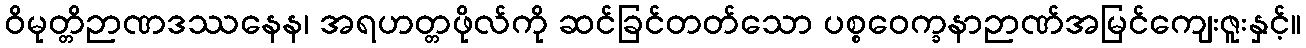
ဝိမုတ္တိဉာဏဒဿနေန၊ အရဟတ္တဖိုလ်ကို ဆင်ခြင်တတ်သော ပစ္စဝေက္ခနာဉာဏ်အမြင်ကျေးဇူးနှင့်။